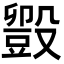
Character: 𬆱